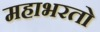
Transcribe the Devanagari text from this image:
महाभरतो